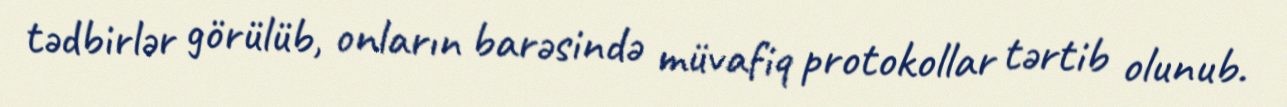
tədbirlər görülüb, onların barəsində müvafiq protokollar tərtib olunub.